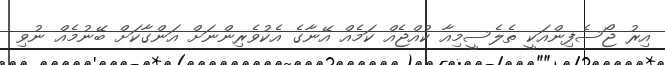
އިރު ޖޯސެފިންއަކީ ތެލެސީމިއާ ކުއްޖެއް ކަމެއް އޭނާގެ އެކުވެރިންނަށް އަންގާކަށް ބޭނުމެއް ނުވި